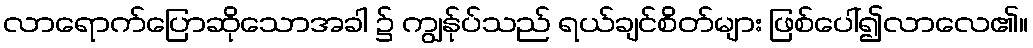
လာရောက်ပြောဆိုသောအခါ ၌ ကျွန်ုပ်သည် ရယ်ချင်စိတ်များ ဖြစ်ပေါ်၍လာလေ၏။